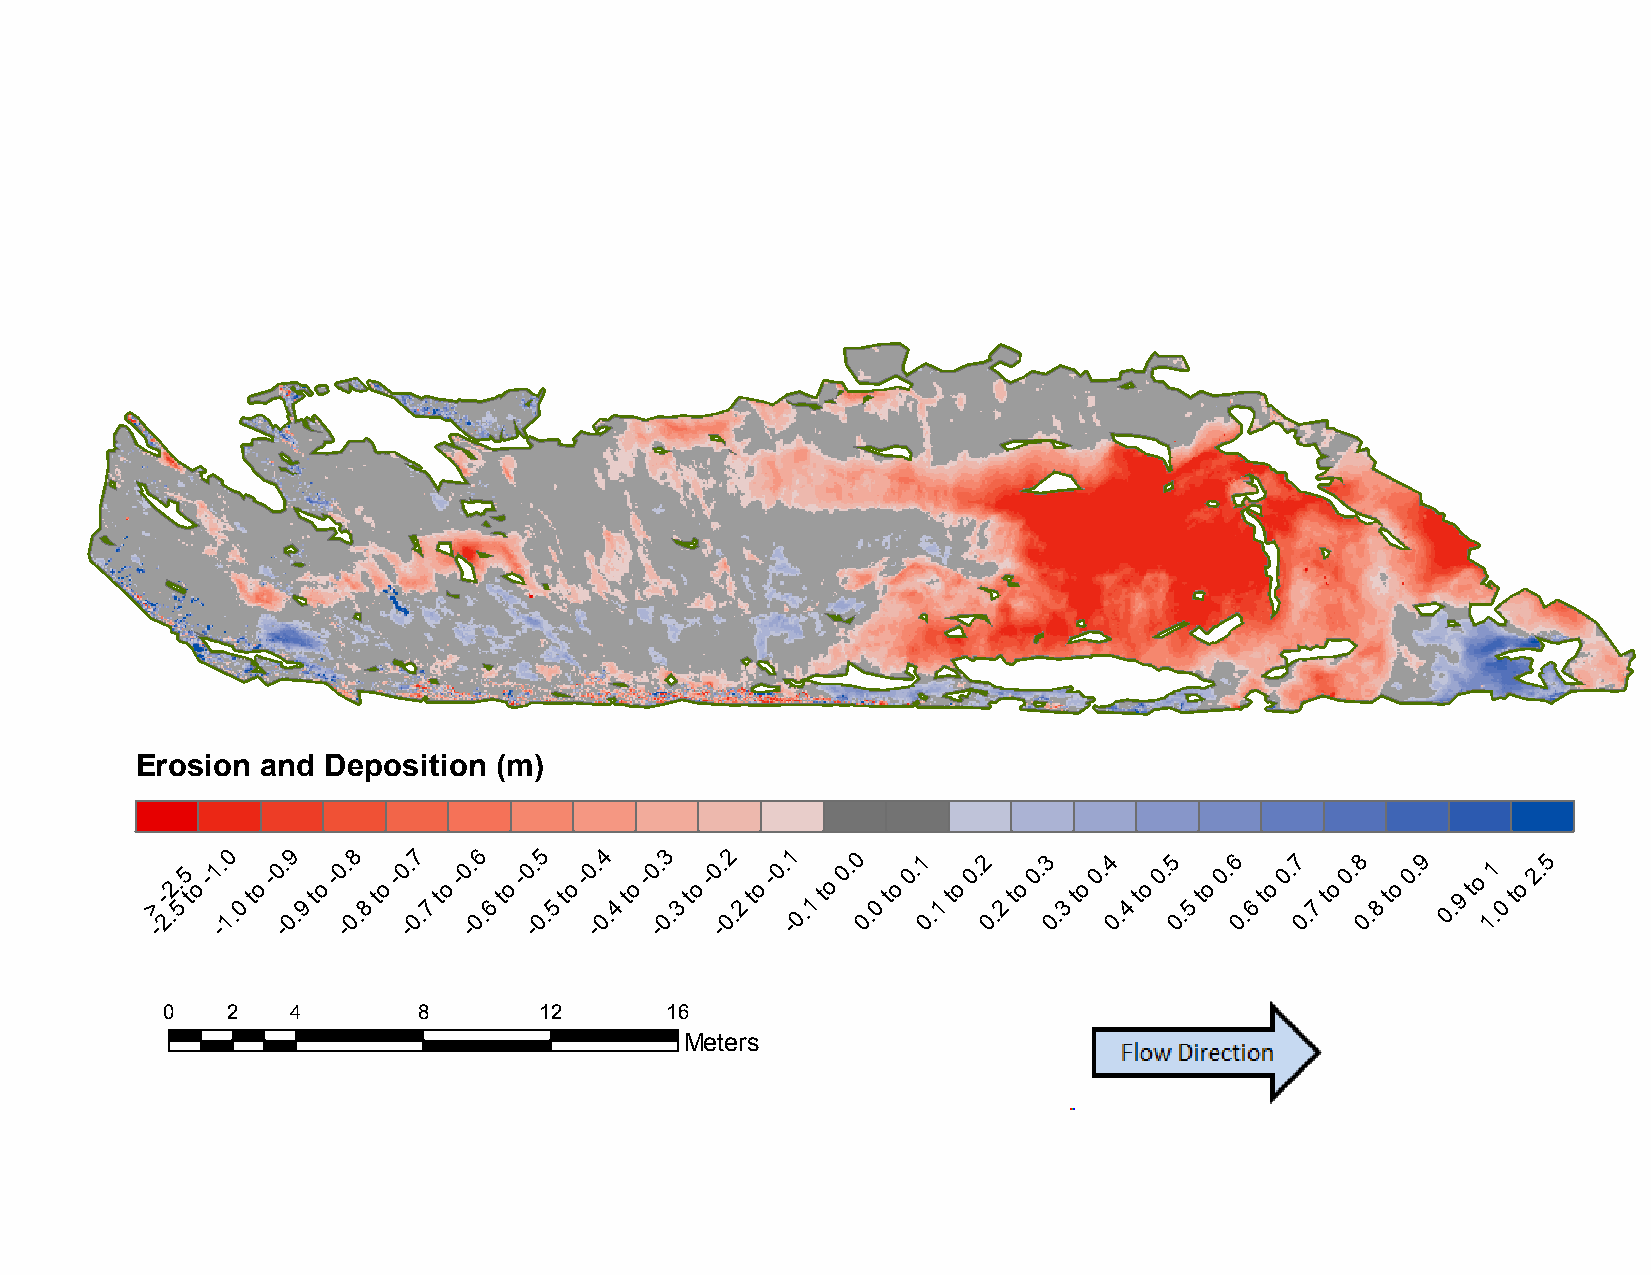
B9:  November       2013   to September      2014
 Erosion and  Deposition (m)
 >
 -
 -
 2.2.
 5
 5
 t
 o
 -1 -. 10
 .0
 to
 -0 -. 09
 .9
 to
 -0 -. 08
 .8
 to
 -0 -. 07
 .7
 to
 -0 -. 06
 .6
 to
 -0 -. 05
 .5
 to
 -0 -. 04
 .4
 to
 -0 -. 03
 .3
 to
 -0 -. 02
 .2
 to
 -0. -1
 0.1
 to
 0. 0
 0.
 0
 to
 0.1
 0
 .1
 to
 0.2
 0
 .2
 to
 0.3
 0
 .3
 to
 0.4
 0.
 4
 to
 0.5
 0.
 5
 to
 0.6
 0.
 6
 to
 0.7
 0.
 7
 to
 0.8
 0.
 8
 to
 0.9
 0. 9
 to
 11
 .0
 to
 2.5
 0   2   4        8       12      16
 Meters